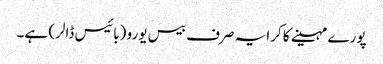
پورے مہینے کا کرایہ صرف بیس یورو (بائیس ڈالر) ہے۔